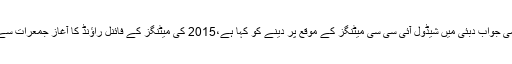
پی سی بی کے چیئرمین شہریار خان نے گذشتہ دنوں کہا تھا کہ بی سی سی آئی نے اس حوالے سے حتمی جواب دبئی میں شیڈول آئی سی سی میٹنگز کے موقع پر دینے کو کہا ہے،2015 کی میٹنگز کے فائنل راؤنڈ کا آغاز جمعرات سے ہورہا ہے، پہلے روز ویمنز کمیٹی کا اجلاس ہوگا، جمعے کو چیف ایگزیکٹیو کمیٹی کی میٹنگ ہوگی۔